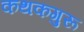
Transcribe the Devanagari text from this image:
कथकगुरू